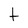
Character: t